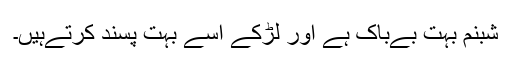
شبنم بہت بےباک ہے اور لڑکے اسے بہت پسند کرتےہیں۔